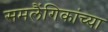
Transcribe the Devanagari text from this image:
समलैंगिकांच्या